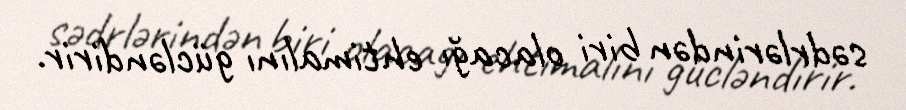
sədrlərindən biri olacağı ehtimalını gücləndirir.